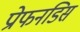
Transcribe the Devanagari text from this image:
प्रोफनडिस